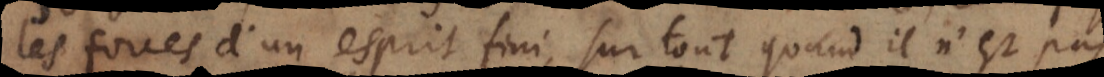
les forces d’un esprit fini, sur tout quand il n’est pas